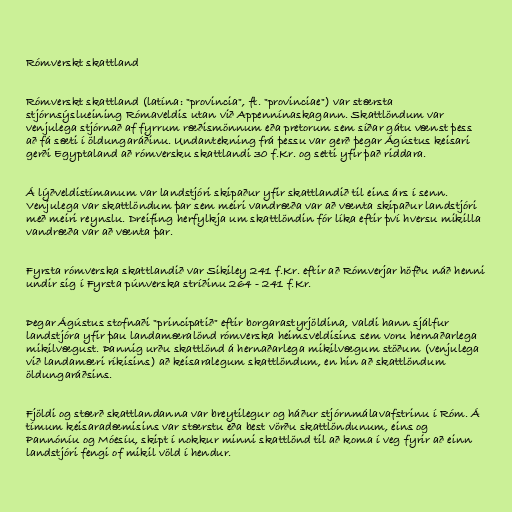
Rómverskt skattland

Rómverskt skattland (latína: "provincia", ft. "provinciae") var stærsta
stjórnsýslueining Rómaveldis utan við Appennínaskagann. Skattlöndum var
venjulega stjórnað af fyrrum ræðismönnum eða pretorum sem síðar gátu vænst þess
að fá sæti í öldungaráðinu. Undantekning frá þessu var gerð þegar Ágústus keisari
gerði Egyptaland að rómversku skattlandi 30 f.Kr. og setti yfir það riddara.

Á lýðveldistímanum var landstjóri skipaður yfir skattlandið til eins árs í senn.
Venjulega var skattlöndum þar sem meiri vandræða var að vænta skipaður landstjóri
með meiri reynslu. Dreifing herfylkja um skattlöndin fór líka eftir því hversu mikilla
vandræða var að vænta þar.

Fyrsta rómverska skattlandið var Sikiley 241 f.Kr. eftir að Rómverjar höfðu náð henni
undir sig í Fyrsta púnverska stríðinu 264 - 241 f.Kr.

Þegar Ágústus stofnaði "principatið" eftir borgarastyrjöldina, valdi hann sjálfur
landstjóra yfir þau landamæralönd rómverska heimsveldisins sem voru hernaðarlega
mikilvægust. Þannig urðu skattlönd á hernaðarlega mikilvægum stöðum (venjulega
við landamæri ríkisins) að keisaralegum skattlöndum, en hin að skattlöndum
öldungaráðsins.

Fjöldi og stærð skattlandanna var breytilegur og háður stjórnmálavafstrinu í Róm. Á
tímum keisaradæmisins var stærstu eða best vörðu skattlöndunum, eins og
Pannóníu og Móesíu, skipt í nokkur minni skattlönd til að koma í veg fyrir að einn
landstjóri fengi of mikil völd í hendur.